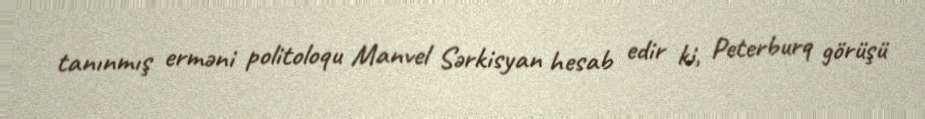
tanınmış erməni politoloqu Manvel Sərkisyan hesab edir ki, Peterburq görüşü